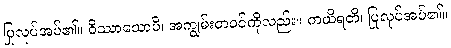
ပြုလုပ်အပ်၏။ ဝိဿာသောပိ၊ အကျွမ်းတဝင်ကိုလည်း။ ကယိရတိ၊ ပြုလုပ်အပ်၏။